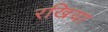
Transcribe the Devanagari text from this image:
रखिया